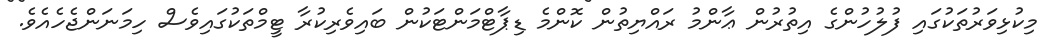
މިކުޅިވަރުތަކުގައި ފުލުހުންގެ އިތުރުން ޢާންމު ރައްޔިތުން ކޮންމެ ޑިޕާޓްމަންޓަކުން ބައިވެރިކުރާ ޓީމްތަކުގައިވެސް ހިމަނަންޖެހެއެވެ.